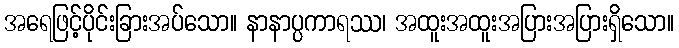
အရေဖြင့်ပိုင်းခြားအပ်သော။ နာနာပ္ပကာရဿ၊ အထူးအထူးအပြားအပြားရှိသော။